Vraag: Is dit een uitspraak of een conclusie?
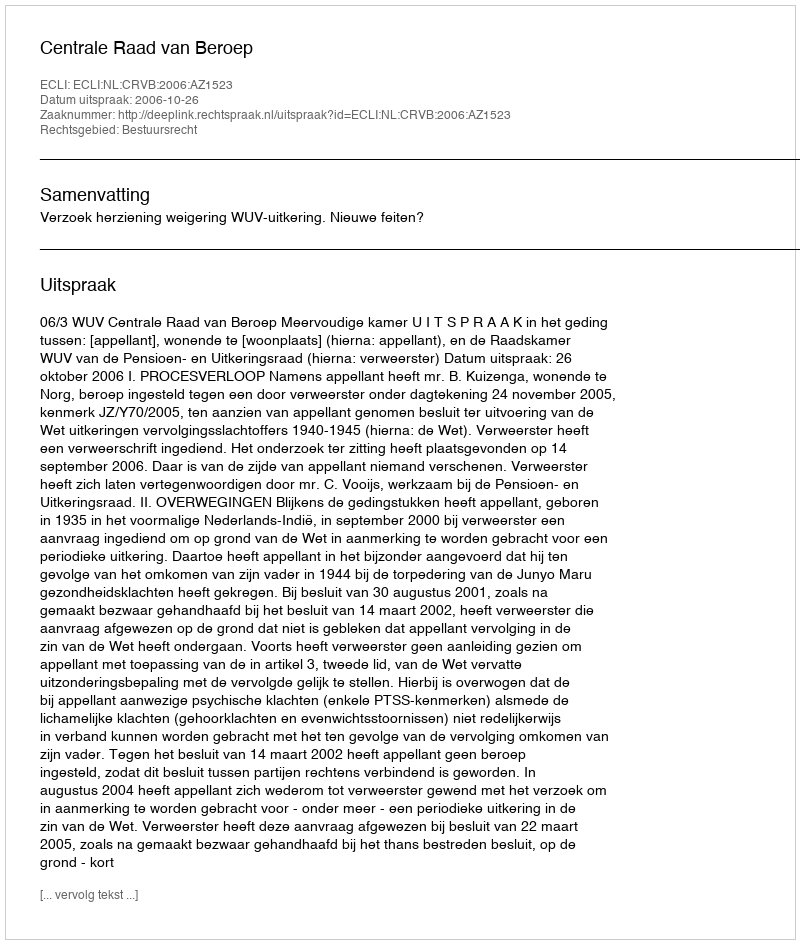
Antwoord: Uitspraak